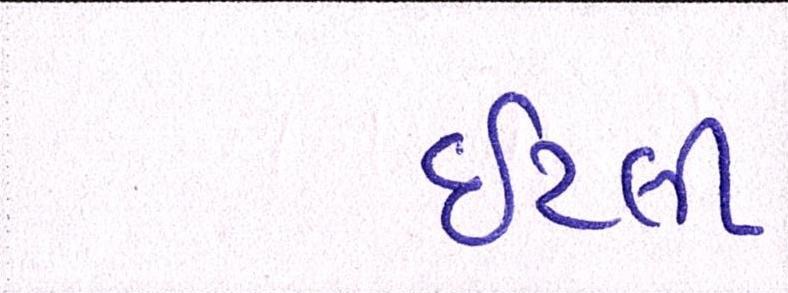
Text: ઇટલી